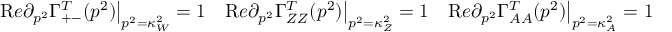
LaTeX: { \mathrm R e } \partial _ { p ^ { 2 } } \Gamma _ { + - } ^ { T } ( p ^ { 2 } ) \big | _ { p ^ { 2 } = \kappa _ { W } ^ { 2 } } = 1 \quad { \mathrm R e } \partial _ { p ^ { 2 } } \Gamma _ { Z Z } ^ { T } ( p ^ { 2 } ) \big | _ { p ^ { 2 } = \kappa _ { Z } ^ { 2 } } = 1 \quad { \mathrm R e } \partial _ { p ^ { 2 } } \Gamma _ { A A } ^ { T } ( p ^ { 2 } ) \big | _ { p ^ { 2 } = \kappa _ { A } ^ { 2 } } = 1